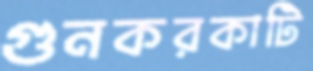
গুনকরকাটি